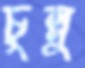
চুন্নু